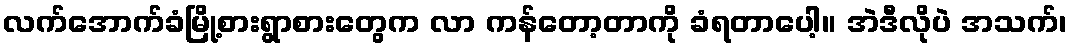
လက်အောက်ခံမြို့စားရွာစားတွေက လာ ကန်တော့တာကို ခံရတာပေါ့။ အဲဒီလိုပဲ အသက်၊